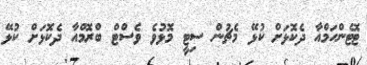
ޓޮޓެންހަމްއާ ދެކޮޅަށް ކުޅޭ މެޗުން ސިޓީ މޮޅުވެ ވެސްޓް ބްރޮމްއާ ދެކޮޅަށް ކުޅޭ